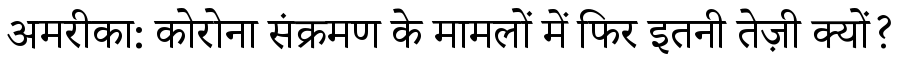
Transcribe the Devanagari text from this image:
अमरीका: कोरोना संक्रमण के मामलों में फिर इतनी तेज़ी क्यों?